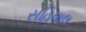
સહિવાલ